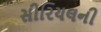
સીરિયલની